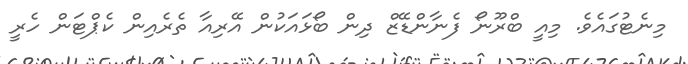
މިނެޓުގައެވެ. މިއީ ބްރޫނޯ ފެނާންޑޭޒް ދިން ބޯޅައަކުން އޭރިއާ ތެރެއިން ކެޕްޓަން ހެރީ